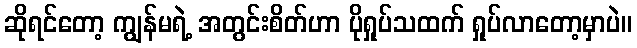
ဆိုရင်တော့ ကျွန်မရဲ့ အတွင်းစိတ်ဟာ ပိုရှုပ်သထက် ရှုပ်လာတော့မှာပဲ။